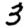
Digit: 3